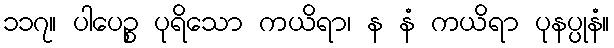
၁၁၇။ ပါပေဉ္စ ပုရိသော ကယိရာ၊ န နံ ကယိရာ ပုနပ္ပုနံ။